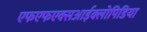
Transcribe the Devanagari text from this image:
एफएफएक्सआईक्लोपिडिया